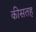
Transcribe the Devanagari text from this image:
कीसतह